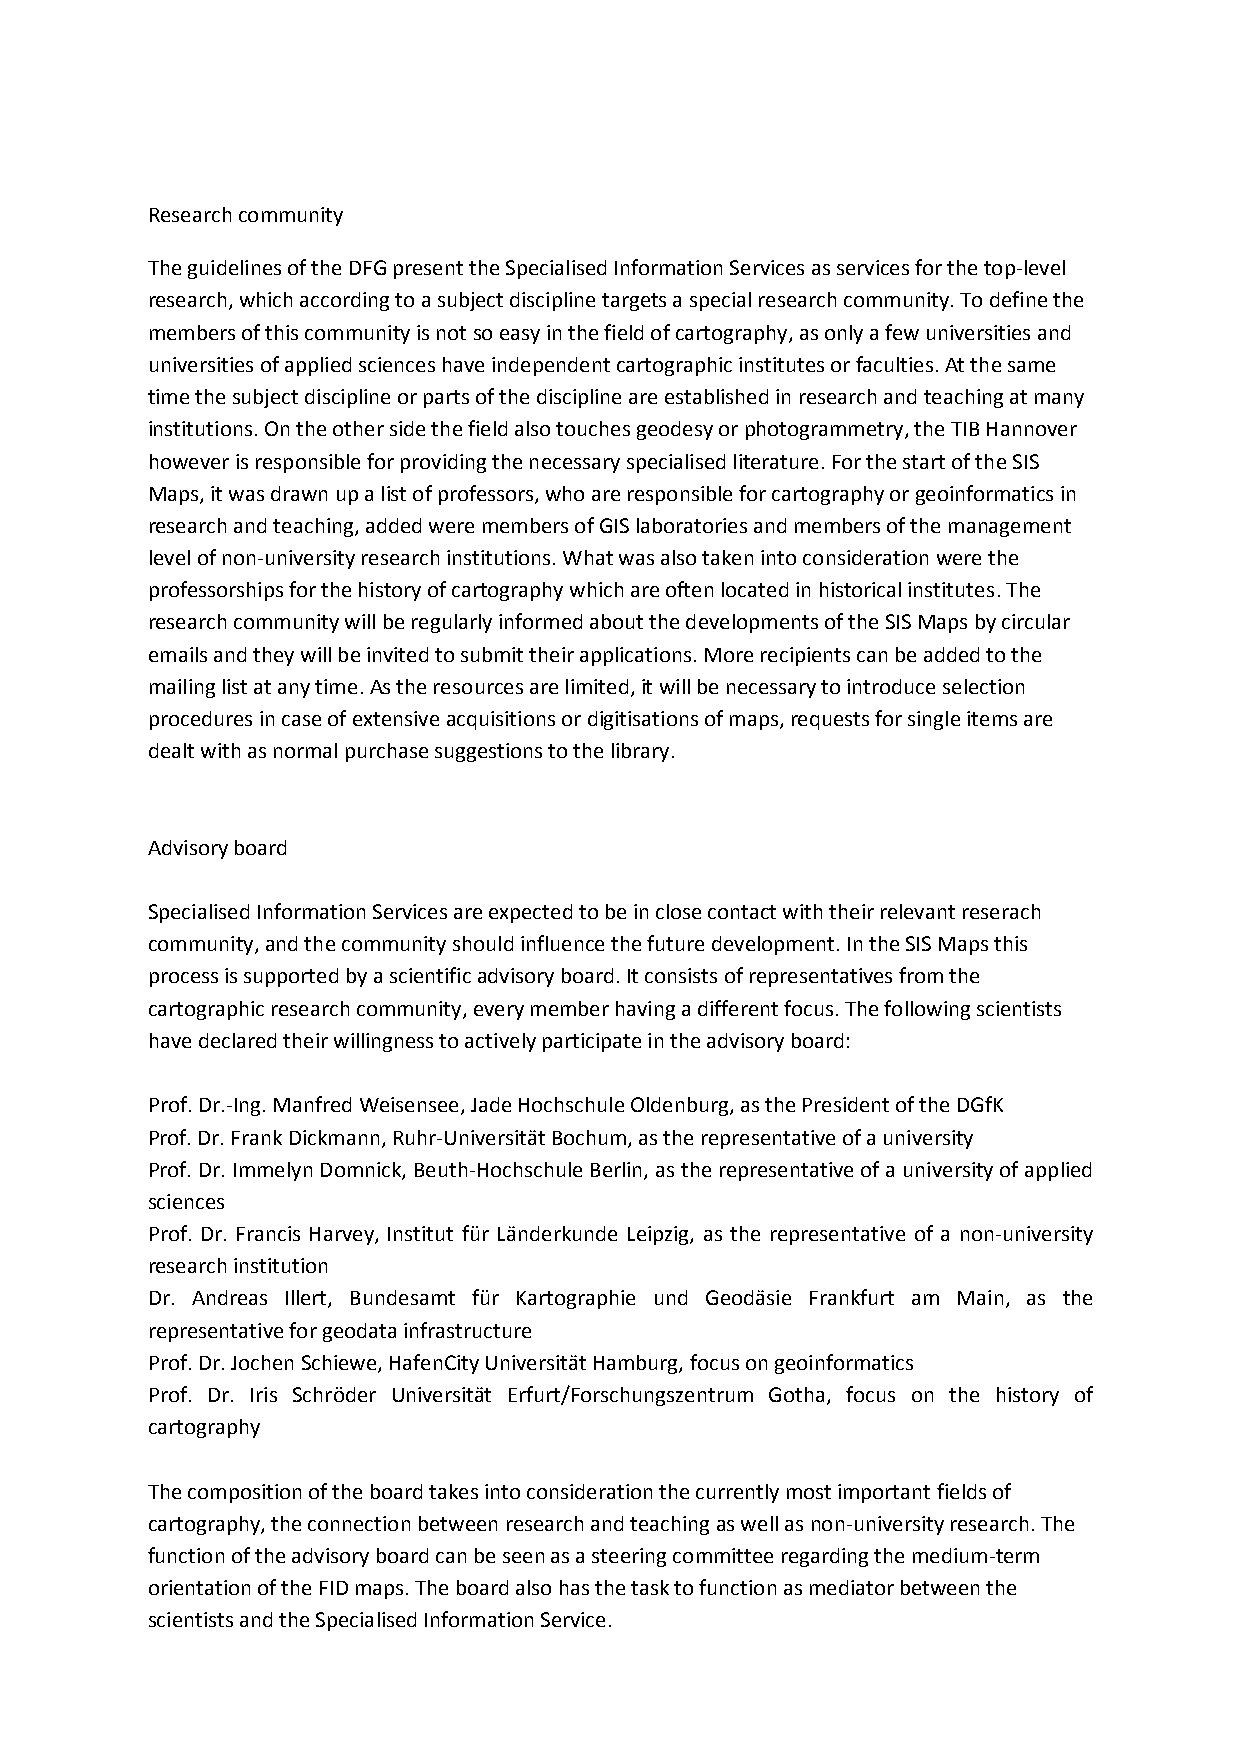
Research community
 The guidelines of the DFG present the Specialised Information Services as services for the top-level
 research, which according to a subject discipline targets a special research community. To define the
 members of this community is not so easy in the field of cartography, as only a few universities and
 universities of applied sciences have independent cartographic institutes or faculties. At the same
 time the subject discipline or parts of the discipline are established in research and teaching at many
 institutions. On the other side the field also touches geodesy or photogrammetry, the TIB Hannover
 however is responsible for providing the necessary specialised literature. For the start of the SIS
 Maps, it was drawn up a list of professors, who are responsible for cartography or geoinformatics in
 research and teaching, added were members of GIS laboratories and members of the management
 level of non-university research institutions. What was also taken into consideration were the
 professorships for the history of cartography which are often located in historical institutes. The
 research community will be regularly informed about the developments of the SIS Maps by circular
 emails and they will be invited to submit their applications. More recipients can be added to the
 mailing list at any time. As the resources are limited, it will be necessary to introduce selection
 procedures in case of extensive acquisitions or digitisations of maps, requests for single items are
 dealt with as normal purchase suggestions to the library.
 Advisory board
 Specialised Information Services are expected to be in close contact with their relevant reserach
 community, and the community should influence the future development. In the SIS Maps this
 process is supported by a scientific advisory board. It consists of representatives from the
 cartographic research community, every member having a different focus. The following scientists
 have declared their willingness to actively participate in the advisory board:
 Prof. Dr.-Ing. Manfred Weisensee, Jade Hochschule Oldenburg, as the President of the DGfK
 Prof. Dr. Frank Dickmann, Ruhr-Universität Bochum, as the representative of a university
 Prof. Dr. Immelyn Domnick, Beuth-Hochschule Berlin, as the representative of a university of applied
 sciences
 Prof. Dr. Francis Harvey, Institut für Länderkunde Leipzig, as the representative of a non-university
 research institution
 Dr. Andreas Illert, Bundesamt für Kartographie und Geodäsie Frankfurt am Main, as the
 representative for geodata infrastructure
 Prof. Dr. Jochen Schiewe, HafenCity Universität Hamburg, focus on geoinformatics
 Prof. Dr. Iris Schröder Universität Erfurt/Forschungszentrum Gotha, focus on the history of
 cartography
 The composition of the board takes into consideration the currently most important fields of
 cartography, the connection between research and teaching as well as non-university research. The
 function of the advisory board can be seen as a steering committee regarding the medium-term
 orientation of the FID maps. The board also has the task to function as mediator between the
 scientists and the Specialised Information Service.